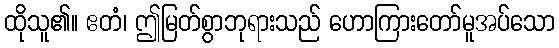
ထိုသူ၏။ ဧတံ၊ ဤမြတ်စွာဘုရားသည် ဟောကြားတော်မူအပ်သော